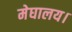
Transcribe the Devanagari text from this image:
मेघालय।